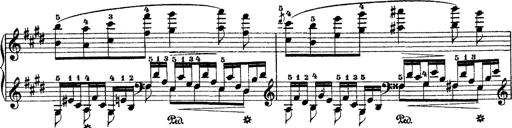
Title: 2 KonzertetÃ¼den
Composer: Franz Liszt